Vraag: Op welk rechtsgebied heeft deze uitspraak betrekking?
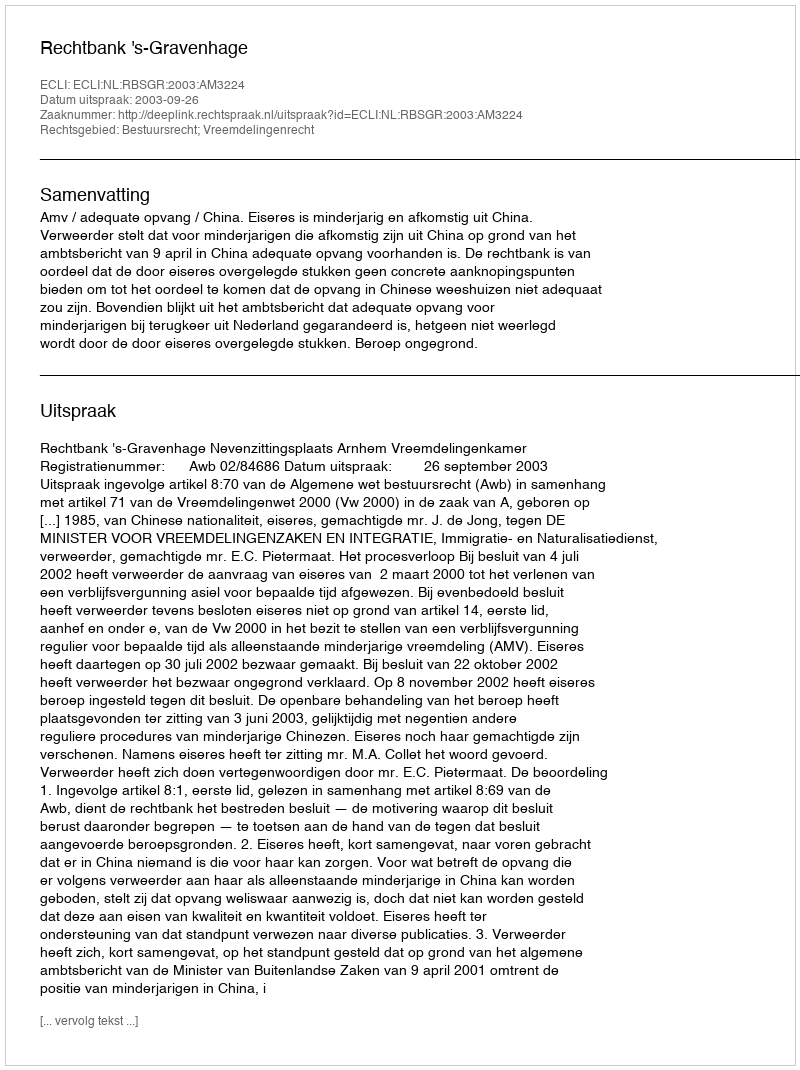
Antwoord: Bestuursrecht; Vreemdelingenrecht